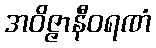
အဝိဇ္ဇာနီဝရဏံ